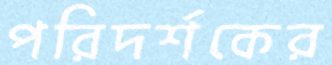
পরিদর্শকের